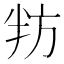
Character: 𭁌